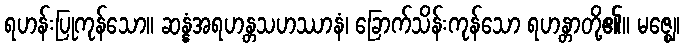
ရဟန်းပြုကုန်သော။ ဆန္နံအရဟန္တသဟဿာနံ၊ ခြောက်သိန်းကုန်သော ရဟန္တာတို့၏။ မဇ္ဈေ၊